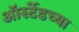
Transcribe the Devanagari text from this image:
ऑर्स्टेडच्या